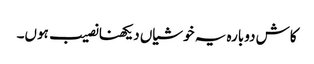
کاش دوبارہ یہ خوشیاں دیکھنا نصیب ہوں۔